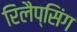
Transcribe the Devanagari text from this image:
रिलैप्सिंग